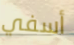
أسفي